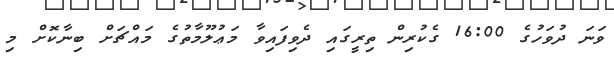
ވަނަ ދުވަހުގެ 16:00 ގެކުރިން ތިރީގައި ދެވިފައިވާ މަޢުލޫމާތުގެ މައްޗަށް ބިނާކޮށް މި